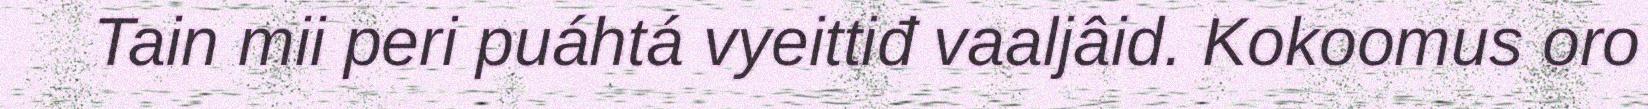
Tain mii peri puáhtá vyeittiđ vaaljâid. Kokoomus oro